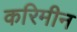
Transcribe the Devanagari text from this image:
करिमीन